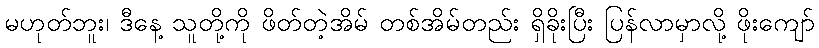
မဟုတ်ဘူး၊ ဒီနေ့ သူတို့ကို ဖိတ်တဲ့အိမ် တစ်အိမ်တည်း ရှိခိုးပြီး ပြန်လာမှာလို့ ဖိုးကျော်